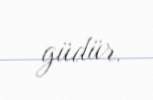
güdür.